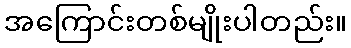
အကြောင်းတစ်မျိုးပါတည်း။